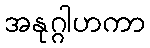
အနုဂ္ဂါဟကာ